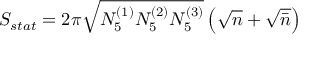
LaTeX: S _ { s t a t } = 2 \pi \sqrt { N _ { 5 } ^ { ( 1 ) } N _ { 5 } ^ { ( 2 ) } N _ { 5 } ^ { ( 3 ) } } \left( \sqrt { n } + \sqrt { \bar { n } } \right)